Calcutta medical institutions reports 1871-78
Year: 1871
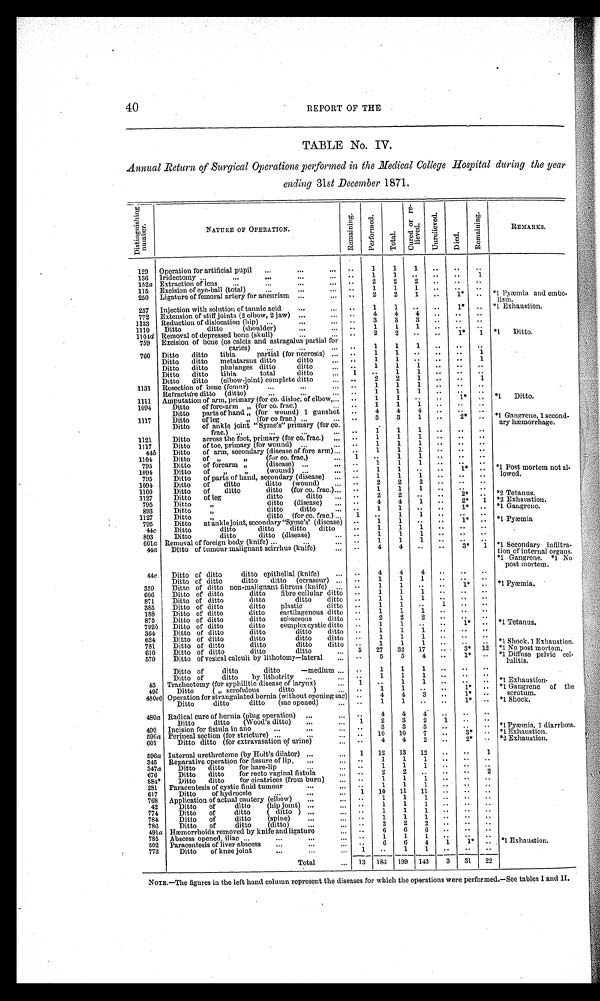
40
REPORT OF THE
TABLE No. IV.
Annual Return of Surgical Operations performed in the Medical College Hospital during the year
ending 31st December 1871.
D i s t i n g u i s h i n g n u m b e r .
NATURE OF OPERATION,
Remai ni ng.
P e r f o r m e d .
T o t a l .
C u r e d o r r e - l i e v e d .
U n r e l i e v e d .
D i e d .
Remai ni ng.
REMARKS.
129
Operation for artificial pupil
...
...
...
..
1
1
1
..
..
..
136
Iridectomy ...
...
. . .
...
...
..
1
1
. . ..
..
1
152 a Extraction of lens
...
. . .
. . .
. . .
..
2
2
2
..
..
..
115
Excision of eye-ball (total)
...
...
...
..
1
1
1
..
..
..
*1 Pyæmia and embo-
lisin.
250
Ligature of femoral artery for aneurism ...
. . .
. . .
2
2
1
..
1*
..
257
Injection with solution of tannic acid
...
...
..
1
1
..
..
1*
.. *1 Exhaustion.
772
Extension of stiff joints (2 elbow, 2 jaw) ...
. . . ..
4
4
4 ..
..
..
1133
Reduction of dislocation (hip) ...
...
...
..
3
3
3
..
..
. .
1110
Ditto ditto (shoulder)
...
...
..
1
1
1 ..
..
..
1 1 0 4d Removal of depressed bone (skull)
...
...
..
2
2
..
..
1*
1
* 1 D i t t o .
759
Excision of bone (os calcis and astragalus partial for
caries)
...
...
...
... ...
...
..
1
1
1
..
..
..
760
Ditto ditto tibia partial (for necrosis) ...
..
1
1
. . ..
..
1
Ditto ditto metatarsus ditto ditto
...
. .
1
1
..
..
..
1
Ditto ditto phalanges ditto ditto
...
. .
1
1
1
..
..
..
Ditto ditto tibia total ditto
...
1
..
1
1 ..
..
..
Ditto ditto (elbow-joint) complete ditto
...
. .
2
2
1
..
..
1
1131
Resection of bone (femur)
...
...
. . .
..
1
1
1
..
..
..
Refracture ditto (ditto)
...
...
. . .
. .
1
1
1
..
..
..
1111
Amputation of arm, primary (for co. disloc. of elbow, . . . ..
1
1
..
..
1 * .. *1 Ditto.
1094
Ditto of fore-arm „ (for co. frac.)
...
..
1
1
1
..
..
..
Ditto parts of hand „ (for wound) 1 gunshot
..
4
4
4
..
. .
..
*1 Gangrene, 1 second-
ary hæmorrhage.
1117
Ditto of leg ,, (for co frac.) ...
...
..
3
3
1
..
2*
..
Ditto of ankle joint "Syme's" primary (for
co.
frac.)
...
...
. . .
. .
1
1
1
..
..
..
1121
Ditto across the foot, primary (for co. frac.)
..
..
1
1
1
..
..
..
1117
Ditto of toe, primary (for wound)
...
..
..
1
1
1
..
..
..
44 b
Ditto of arm, secondary (disease of fore arm) . . .
..
1
1
1
..
..
..
1104
Ditto of ,, ,, (for co. frac.)
..
1
..
1
1
..
..
..
795
Ditto of forearm „ (disease) ...
...
. .
1
1
1
..
..
..
*1 Post mortem not al-
lowed.
1094
Ditto of „ „ (wound) ...
...
..
1
1
..
..
1*
..
795
Ditto of parts of hand, secondary (disease)
. . .
. .
1
1
1
..
..
..
1094
Ditto
of
ditto ditto (wound)
. . .
. .
2
2
2
..
. .
. .
1100
Ditto
of
ditto ditto (for co. frac.) . . .
. .
1
1
1
..
..
. .
1127
Ditto of leg ditto ditto
. . .
. .
2
2
..
..
2*
..
*2 Tetanus.
795
Ditto ,, to ditto (disease)
...
. .
4
4
1
..
2*
1
*2 Exhaustion.
893
Ditto ,, ditto ditto
...
..
1
1 ..
..
1*
..
*1 Gangrene.
1127
Ditto ,, ditto (for co. frac.) ...
1 ..
1
1 ..
..
..
795
Ditto at ankle joint, secondary "Syme's' (disease)
. .
1
1
..
..
1*
..
*1 Pyæmi a
. 4 4
c
Ditto ditto ditto ditto ditto
...
1
1
1
..
..
..
893
Ditto ditto ditto (disease)
. . .
..
1
1
1
..
..
..
601 a Removal of foreign body (knife) ...
...
..
1
1
1
..
. .
. .
44a
Ditto of tumour malignant scirrhus (knife)
. . .
..
4
4
..
..
3*
1
*1 Secondary infiltra-
tion of internal organs.
44c
Ditto of ditto ditto epithelial (knife)
...
. .
4
4
4
..
. .
..
*1 Gangrene.
*1 No
post mortem.
Ditto of ditto ditto ditto (ecraseur) ...
. .
1
1
1
..
..
. .
359
Ditto of ditto non-malignant fibrous (knife)
...
. .
1
1
..
..
1*
..
* 1 P y æ m i a .
606
Ditto of ditto ditto fibro cellular ditto
. .
1
1
1
..
..
..
871
Ditto of ditto ditto ditto ditto
. .
1
1
1
..
. . .
. .
385
Ditto of ditto ditto plastic ditto
. .
1
1
. . 1
..
..
188
Ditto of ditto ditto cartilagenous ditto
. .
1
1
1
..
..
..
875
Ditto of ditto ditto sebaceous ditto
. .
2
2
2
..
. .
. . .
792 b
Ditto of ditto ditto complex cystic ditto
. .
1
1
..
. .
1*
..
*1 Tetanus.
364
Ditto of ditto ditto ditto ditto
. .
1
1
1
..
..
..
624
Ditto of ditto ditto ditto ditto
. .
1
1
1
..
..
. .
781
Ditto of ditto ditto ditto ditto
. .
1
1
1
. .
. . .. * 1 S h o c k . 1 Ex h a u s t i o n .
610
Ditto of ditto ditto ditto
...
5
27
32
17
...
3*
12
* 1 N o p o s t m o r t e m .
570
Ditto
f vesical calculi by lithotomy—lateral
...
. .
5
5
4
..
1*
..
*1 Diffuse pelvic cel-
lulitis.
Ditto of ditto ditto—medium ...
. .
1
1
1
..
..
..
Ditto of
ditto
by lithotrity
. . .
. . .
..
1
1
1
. .
. . ..
43
Tracheotomy (for syphilitic disease of larynx)
. . .
1
. .
1
1
..
..
..
*1 Exhaustion.
49 l
Ditto ( „ scrofulous ditto )
...
..
1
1
..
..
1*
..
*1 Gangrene of the scrotum.
480e6 Operation for strangulated hernia (without opening sac)
. .
4
4
3
..
1*
..
Ditto ditto ditto (sac opened)
. . .
..
1
1
..
..
1 *
.. *1 Shock.
480a Radical cure of hernia (plug operation)
. . .
...
. .
4
4
4
..
. .
. .
Ditto ditto
(Wood's ditto)
. . .
. . .
1
2
3
2
1
. . .
. . .
490
Incision for fistula in ano
...
. . .
...
..
3
3
3
..
..
..
* 1 P y æ m i a , 1 d i a r r h œ a .
596 a Perineal section (for stricture) ...
. . .
...
..
10
10
7
..
3*
. . * 1 E x h a u s t i o n .
601
Ditto ditto (for extravasation of urine)
...
..
4
4
2
..
2*
. . * 2 E x h a u s t i o n .
596a Internal urethrotome (by Holt's dilator) ...
...
1
12
13
12
..
..
1
345
Reparative operation for fissure of lip,
. . .
. . .
. .
1
1
1
..
. . ..
347a
Ditto ditto for hare-lip
...
...
..
1
1
1 ..
. .
. .
676
Ditto ditto for recto vaginal fistula
. . .
. .
2
2
..
..
..
2
884*
Ditto ditto for cicatrices (from burn)
...
. .
1
1
1
..
. .
..
281
Paracentesis of cystic fiuid tumour
...
. . .
. .
1
1
1
. .
. . . .
617
Ditto of hydrocele
...
...
...
1
10
11
11
. .
. . ..
768
Application of actual cautery (elbow)
...
. . .
. .
1
1
1
..
..
..
42
Ditto
of
ditto
(hip joint) . . .
. . .
..
1
1
1
..
..
..
774
. . .
. . .
. .
1
1
1
..
. .
. .
784
Ditto
of
ditto (spine)
. . .
. . .
..
1
1
1
..
. . ..
786
Ditto of ditto (ditto)
...
. . .
. .
2
2
2
..
. . ..
491 a Hæmorrhoids removed by knife and ligature
...
. .
6
6
6
..
. .
..
785
Abscess opened, iliac ...
...
...
...
. .
1
1
1
..
. . . ..
*1 Exhaustion.
502
Paracentesis of liver abscess
...
...
. . .
. .
6
6
4
1
1*
..
773
Ditto
of knee joint
...
. . .
. . .
1
..
1
1
..
..
..
Total
. . .
13
1 8 6 199
143
3
31
22
NOTE.—The figures in the left hand column represent the diseases for which the operations were performed.—See tables I and II.